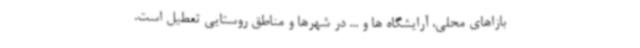
بازاهای محلی، آرایشگاه ها و ... در شهرها و مناطق روستایی تعطیل است.